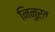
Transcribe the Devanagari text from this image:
निनुर्त